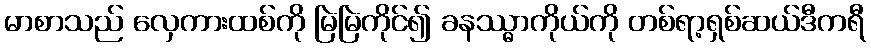
မာစာသည် လှေကားထစ်ကို မြဲမြဲကိုင်၍ ခနဿ္ဓာကိုယ်ကို တစ်ရာ့ရှစ်ဆယ်ဒီကရီ